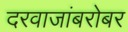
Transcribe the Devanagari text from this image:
दरवाजांबरोबर